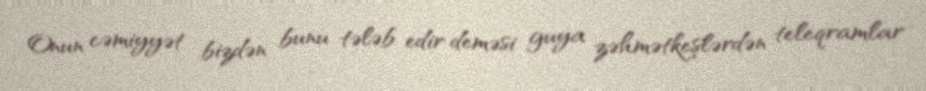
Onun cəmiyyət bizdən bunu tələb edir deməsi guya zəhmətkeşlərdən teleqramlar